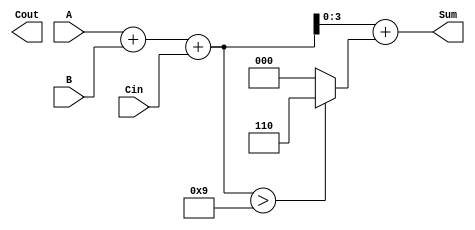
module BCD_Asynchronous_Adder (
    input  wire [3:0] A,      // First BCD digit (4 bits)
    input  wire [3:0] B,      // Second BCD digit (4 bits)
    input  wire Cin,          // Carry input
    output wire [3:0] Sum,    // Resulting BCD digit (4 bits)
    output wire Cout          // Carry output
);

    wire [4:0] binary_sum;    // 5-bit sum to accommodate carry
    wire [3:0] corrected_sum;  // Corrected sum after BCD adjustment
    wire correction_needed;     // Flag for BCD correction

    // Step 1: Perform binary addition
    assign binary_sum = A + B + Cin; // Sum of A, B, and Cin

    // Step 2: Determine if correction is needed (if binary_sum > 9)
    assign correction_needed = binary_sum > 9;

    // Step 3: Apply BCD correction if needed
    assign corrected_sum = binary_sum + (correction_needed ? 4'b0110 : 4'b0000);

    // Step 4: Assign outputs
    assign Sum = corrected_sum[3:0]; // Take lower 4 bits as the sum
    assign Cout = corrected_sum[4];   // Take the 5th bit as carry out

endmodule